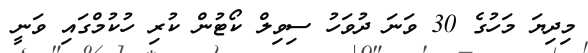
މިދިޔަ މަހުގެ 30 ވަނަ ދުވަހު ސިވިލް ކޯޓުން ކުރި ހުކުމްގައި ވަނީ